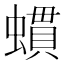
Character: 䗰